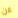
عن